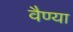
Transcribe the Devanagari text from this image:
वैण्या